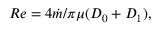
R e = 4 \Dot { m } / \pi \mu ( D _ { 0 } + D _ { 1 } ) ,